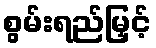
စွမ်းရည်မြှင့်